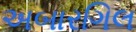
અબારગિલ